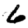
Digit: 6